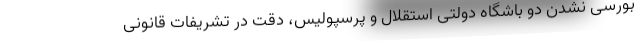
بورسی نشدن دو باشگاه دولتی استقلال و پرسپولیس، دقت در تشریفات قانونی